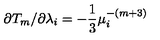
\partial T _ { m } / \partial \lambda _ { i } = - \frac { 1 } { 3 } \mu _ { i } ^ { - ( m + 3 ) }